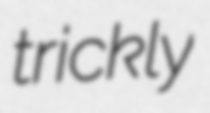
trickly